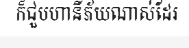
ក៏ជួបហានីភ័យណាស់ដែរ